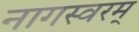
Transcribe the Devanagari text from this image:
नागस्वरम्‌